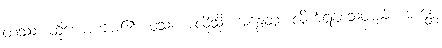
တဿ၊ ထိုယောကျ်ား၏။ ဝသံ၊ အလိုသို့။ အနွေတု၊ လိုက်ရစေသတည်း။ ဘန္တေ၊